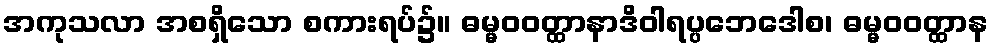
အကုသလာ အစရှိသော စကားရပ်၌။ ဓမ္မဝဝတ္ထာနာဒိဝါရပ္ပဘေဒေါစ၊ ဓမ္မဝဝတ္ထာန